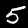
Digit: 5